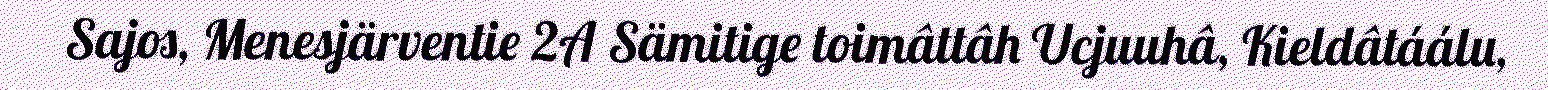
Sajos, Menesjärventie 2A Sämitige toimâttâh Ucjuuhâ, Kieldâtáálu,